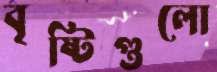
বৃষ্টিগুলো